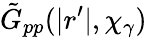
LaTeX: \tilde{G}_{pp}(|r^{\prime}|,\chi_{\gamma})